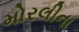
મોરલીના